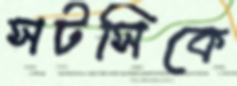
সটসিকে